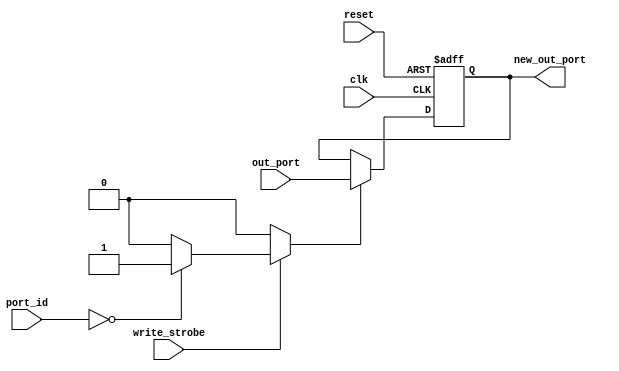
module PicoBlaze_OutReg
	#(parameter LOCAL_PORT_ID = 8'h00)
	(
	clk,
	reset,
	port_id,
	write_strobe,
	out_port,
	new_out_port);
//=======================================================
//  PARAMETER declarations
//=======================================================


//=======================================================
//  PORT declarations
//=======================================================
input  wire        clk;
input  wire        reset;
input  wire    	 [7:0] port_id;
input  wire        write_strobe;
input  wire        [7:0] out_port;
output reg  		 [7:0] new_out_port;
//=======================================================
//  REG/WIRE declarations
//=======================================================
reg RegEnable=1;





//=======================================================
//  Structural coding
//=======================================================

	always @ (*)
	begin
		if (write_strobe == 1)
			begin
				case (port_id)
					LOCAL_PORT_ID: RegEnable = 1;
					default: RegEnable = 0;
				endcase
			end
		else
			RegEnable=0;
	end
	
	
	
	always @ (posedge clk, posedge reset)
	begin
		if(reset == 1)
			new_out_port <= 8'h00;
		else
			begin
				if(RegEnable == 1)
					new_out_port <= out_port;
				else
					new_out_port <= new_out_port;
			end
	end
	
//=======================================================
// 			Connections & assigns
//======================================================= 

endmodule